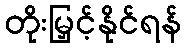
တိုးမြှင့်နိုင်ရန်